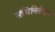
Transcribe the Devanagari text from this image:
संधिनिर्वचन